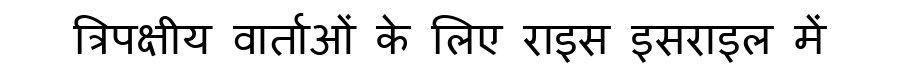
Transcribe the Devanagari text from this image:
त्रिपक्षीय वार्ताओं के लिए राइस इसराइल में